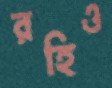
রহিও